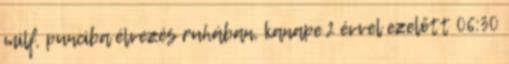
milf, punciba élvezés ruhában, kanape 2 évvel ezelőtt 06:30